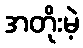
အတိုးမဲ့